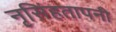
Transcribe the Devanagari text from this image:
नृसिंहतापनी